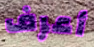
أعرف